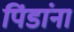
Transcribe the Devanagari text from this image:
पिंडांना